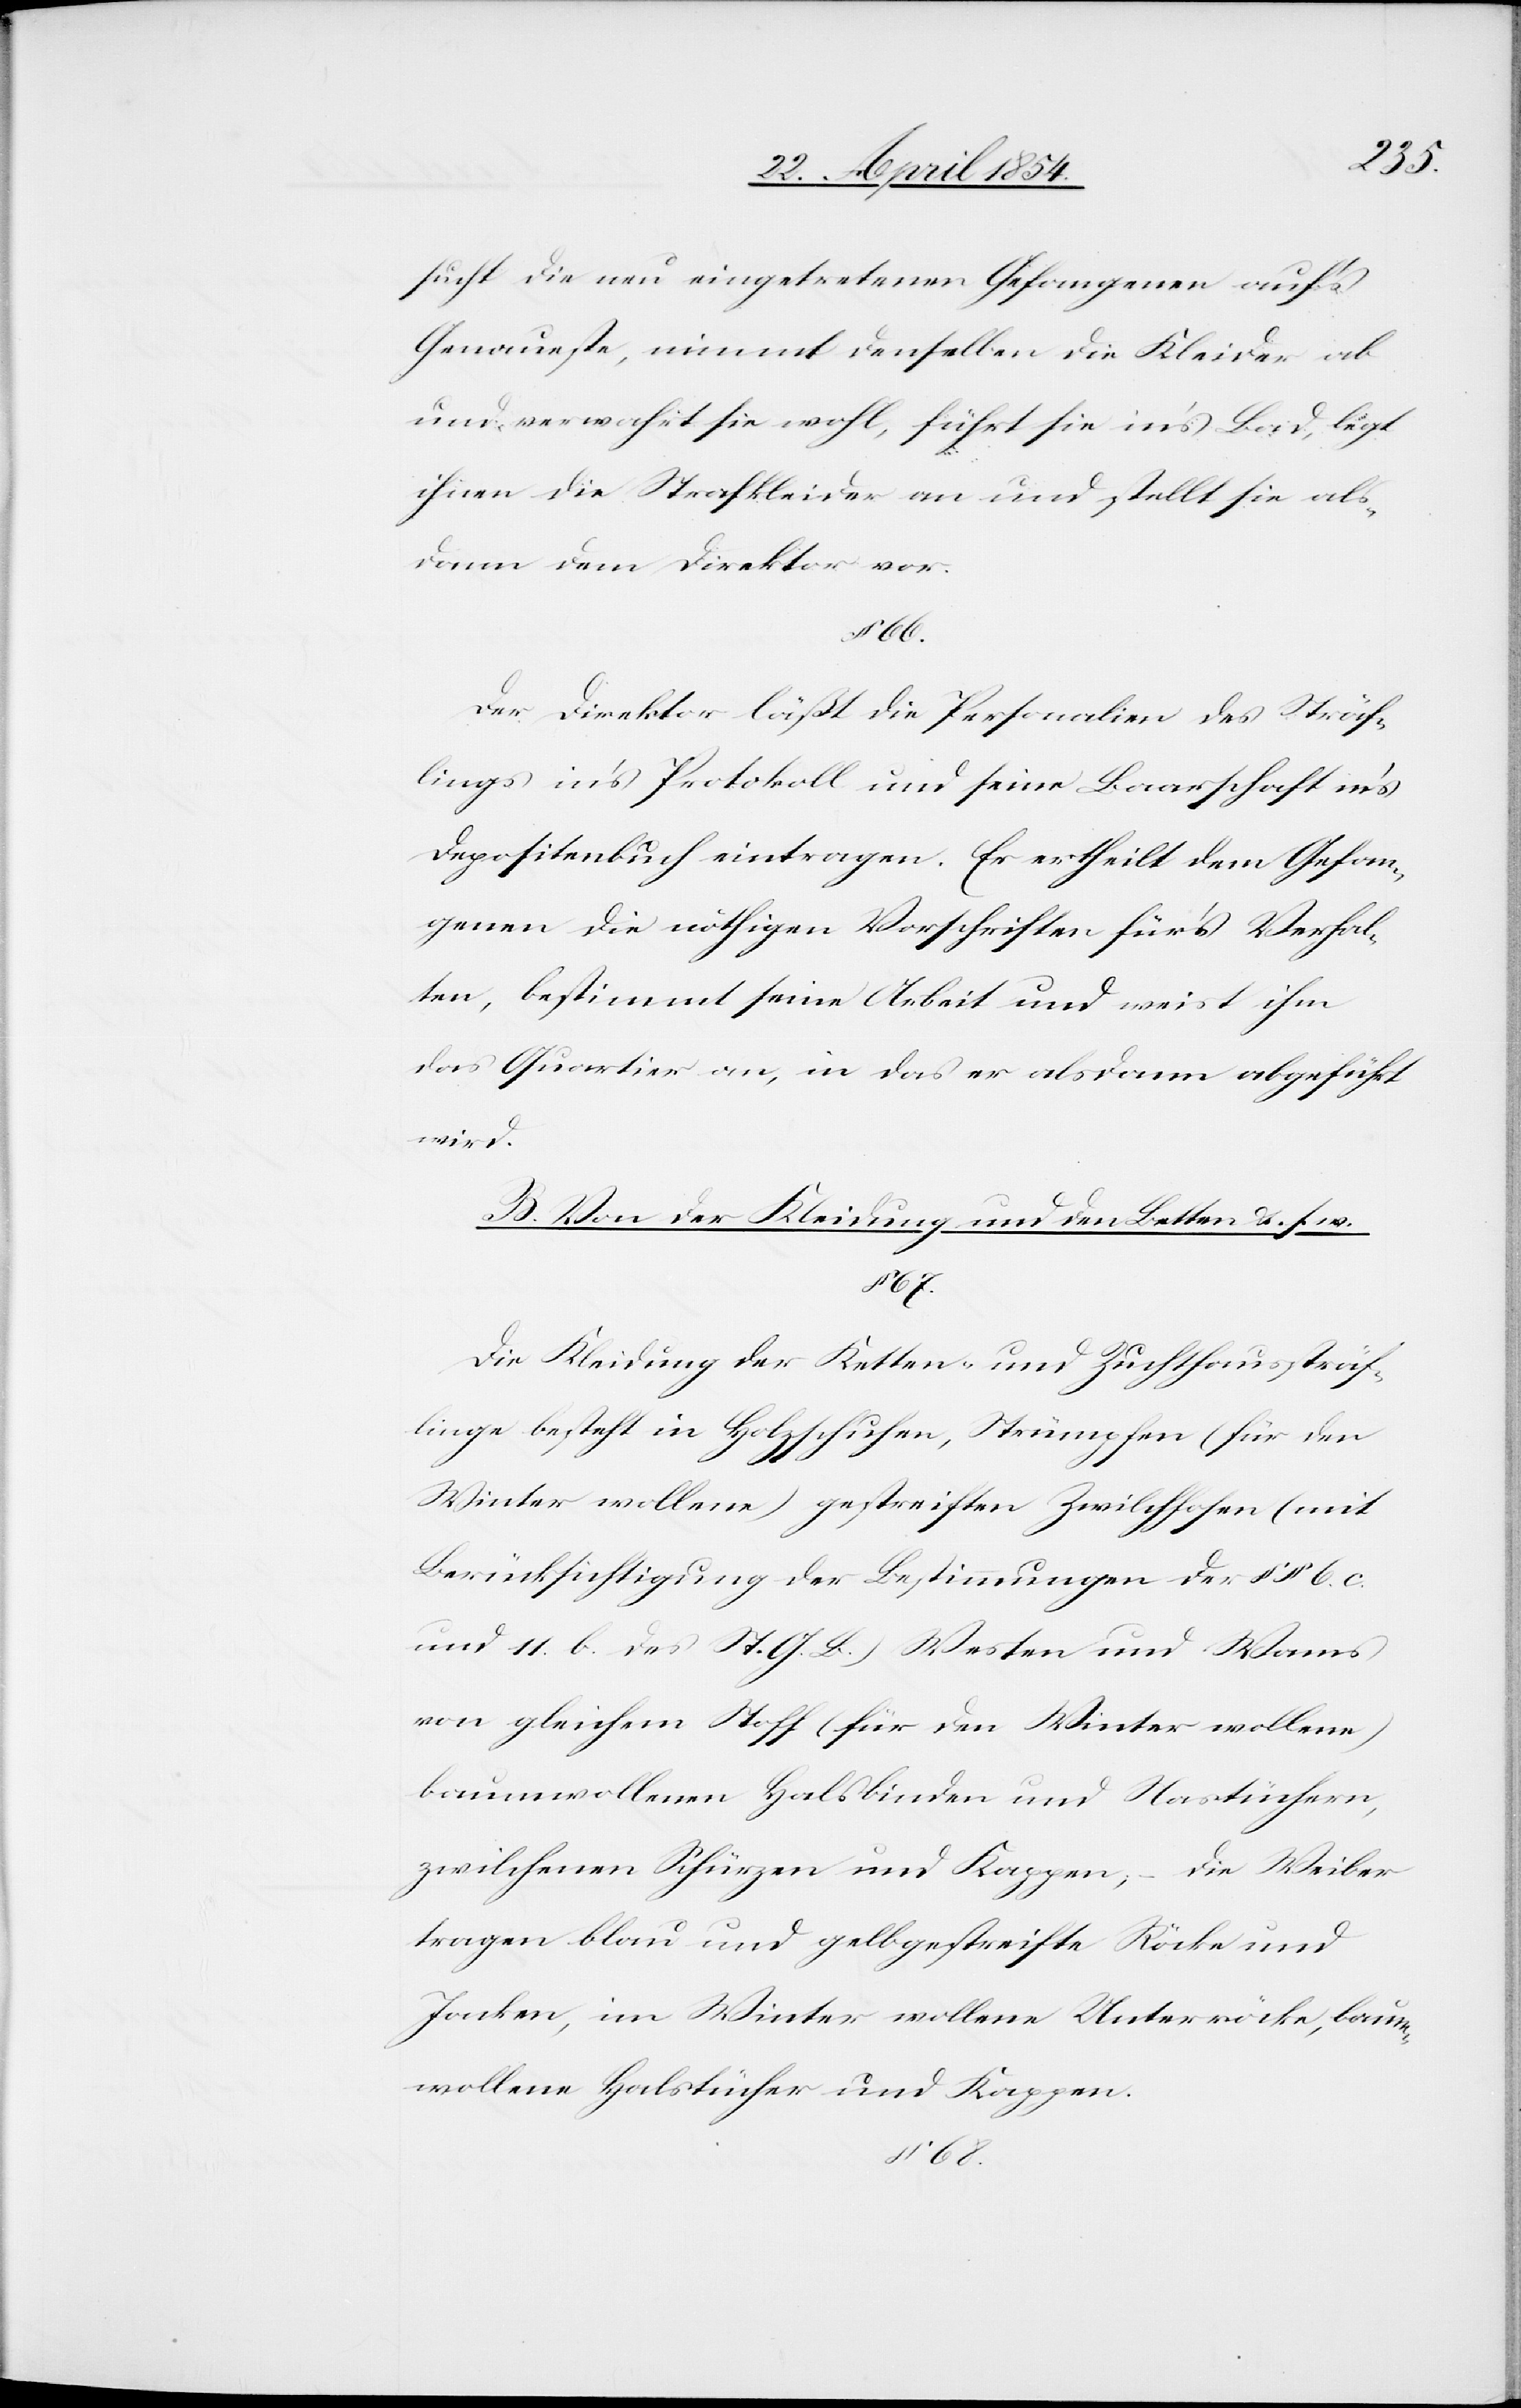
sucht die neu eingetretenen Gefangenen auf’s
Genaueste, nimmt denselben die Kleider ab
und verwahrt sie wohl, führt sie in’s Bad, legt
ihnen die Strafkleider an und stellt sie als¬
dann dem Direktor vor.
§ 68.
Der Direktor läßt die Personalien des Sträf¬
lings in’s Protokoll und seine Baarschaft in’s
Depositenbuch eintragen. Er ertheilt dem Gefan¬
genen die nöthigen Vorschriften für’s Verhal¬
ten, bestimmt seine Arbeit und weist ihm
das Quartier an, in das er alsdann abgeführt
wird.
B. Von der Kleidung und den Betten u. s. w.
67.
Die Kleidung der Ketten- und Zuchthaussträf¬
linge besteht in Holzschuhen, Strümpfen (für den
Winter wollene) gestreiften Zwilchhosen (mit
Berücksichtigung der Bestimmungen der § § 6. c.
und 11. b. des St. G. B.) Westen und Wams
von gleichem Stoff (für den Winter wollene)
baumwollenen Halsbinden und Nastüchern,
zwilchenen Schürzen und Kappen, – die Weiber
tragen blau und gelbgestreifte Röcke und
Jacken, im Winter wollene Unterröcke, baum¬
wollene Halstücher und Kappen.